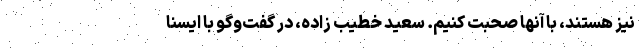
نیز هستند، با آنها صحبت کنیم. سعید خطیب زاده، در گفت‌وگو با ایسنا